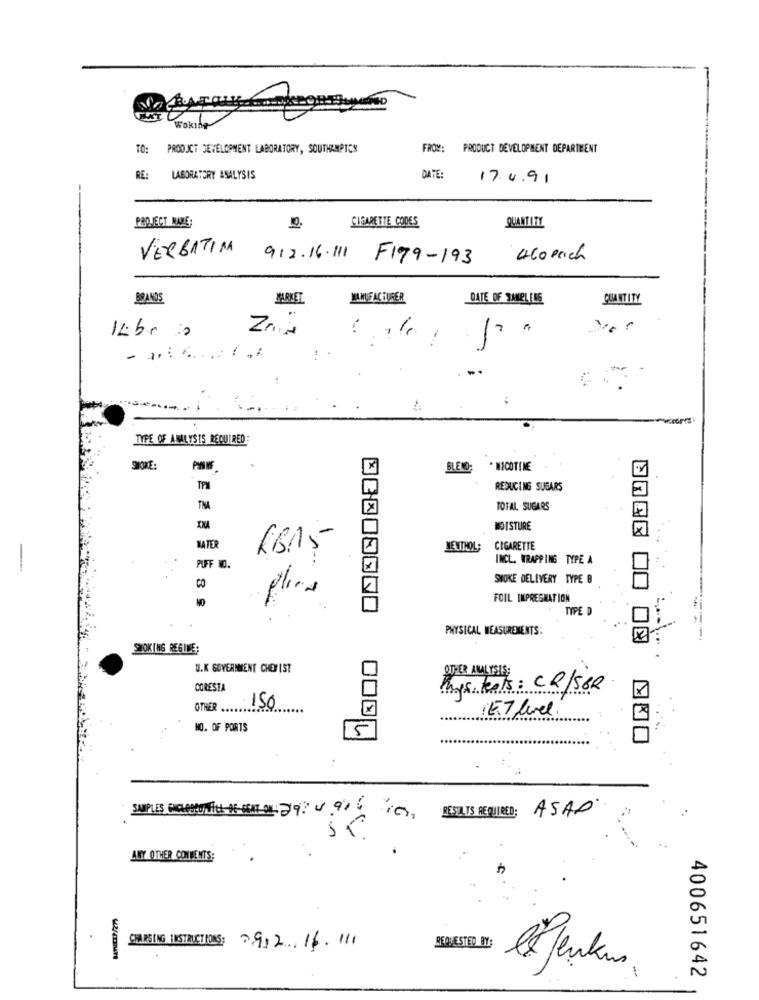
Wokthe
TO: PRODUCT DEVELOPMENT LABORATORY, SOUTHAMPTON
FROM: PRODUCT DEVELOPMENT DEPARTMENT
RE: LABORATORY ANALYSIS
DATE:
17.4.91
PROJECT NAME:
CIGARETTE CODES
QUANTITY
VERBATIM
912.16.111
F199-193
460 each
BRANDS
MANUFACTURER
DATE OF SAMPLING
QUANTITY
TYPE OF ANALYSIS REQUIRED
BLEND
· NICOTINE
TPM
REDUCING SUSARS
TOTAL SUGARS
2 3
MOISTURE
MATER
KB15
MENTHOL;
CIGARETTE
INCL. WRAPPING TYPE A
PUFF IO.
SNOKE DELIVERY TYPE B
CO
plica
FOIL IMPREGNATION
TYPE D
PHYSICAL MEASUREMENTS:
SMOKING REGIME;
U.K GOVERNMENT CHEFIST
OTHER ANALISIS
CORESTA
Phys. tests: CR/58R
OTHER 150
(ET level.
000
NO. OF PORTS
5
:
SAMPLES ROLLOUTILLAGES A 29: 4.916 :0
ASAD
RESULTS REQUIRED;
ALTY OTHER COMMENTS;
CHARGING INSTRUCTIONS: 912.16.11.
REQUESTED BY
400651642